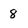
Character: 8